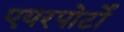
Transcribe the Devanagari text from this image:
एयरपोर्टों